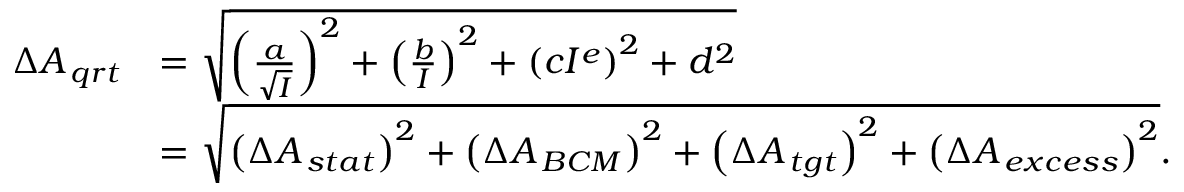
\begin{array} { r l } { \Delta { { A _ { \, q r t } } } } & { = \sqrt { \left( \frac { a } { \sqrt { I } } \right) ^ { 2 } + \left( \frac { b } { I } \right) ^ { 2 } + \left( c I ^ { e } \right) ^ { 2 } + d ^ { 2 } } } \\ & { = \sqrt { \left( \Delta { { A _ { \, s t a t } } } \right) ^ { 2 } + \left( \Delta { { A _ { \, B C M } } } \right) ^ { 2 } + \left( \Delta { { A _ { \, t g t } } } \right) ^ { 2 } + \left( \Delta { { A _ { \, e x c e s s } } } \right) ^ { 2 } } . } \end{array}